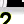
Digit: 2